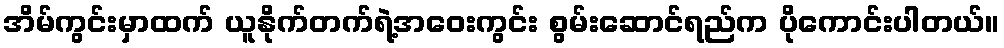
အိမ်ကွင်းမှာထက် ယူနိုက်တက်ရဲ့အဝေးကွင်း စွမ်းဆောင်ရည်က ပိုကောင်းပါတယ်။